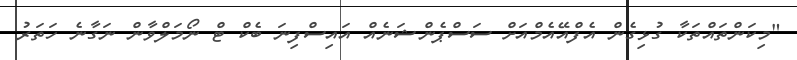
"މިކަންތައްތަކާ ގުޅިގެން އެފްއޭއެމްއަށް ސަސްޕެންޝަނެއް އައިސްފިނަ ބެކް ޓް ނޯމަލްވާން ނަގާނެ ހަތަރު